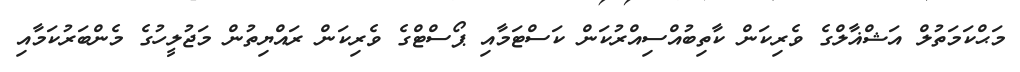
މަޙްކަމަތުލް އަޝްޣާލްގެ ވެރިކަން ކާތިބުއްސިއްރުކަން ކަސްޓަމާއި ޕޯސްޓްގެ ވެރިކަން ރައްޔިތުން މަޖުލީހުގެ މެންބަރުކަމާއި